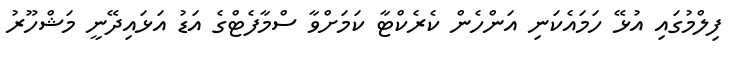
ފިލްމުގައި އުޅޭ ހަމައެކަނި އަންހެން ކެރެކްޓާ ކަމަށްވާ ސްމާފެޓްގެ އަޑު އަޅައިދޭނީ މަޝްހޫރު